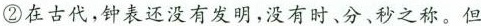
②在古代，钟表还没有发明，没有时、分、秒之称。但